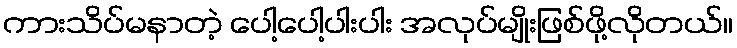
ကားသိပ်မနာတဲ့ ပေါ့ပေါ့ပါးပါး အလုပ်မျိုးဖြစ်ဖို့လိုတယ်။